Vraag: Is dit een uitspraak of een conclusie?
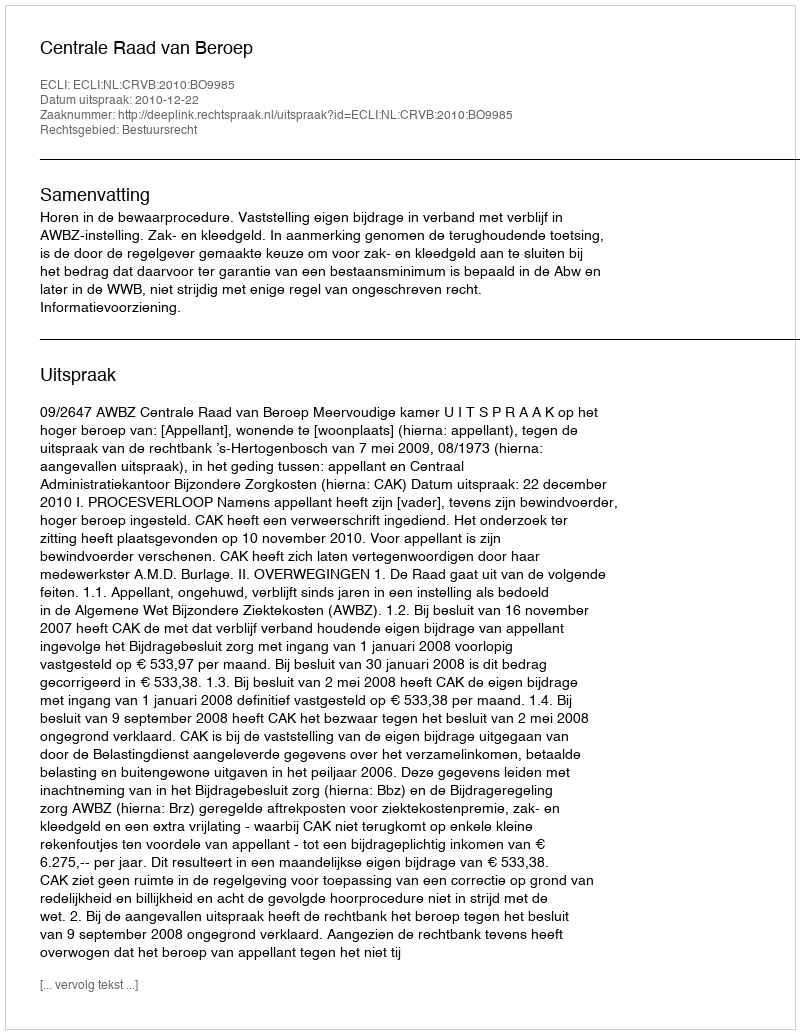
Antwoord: Uitspraak